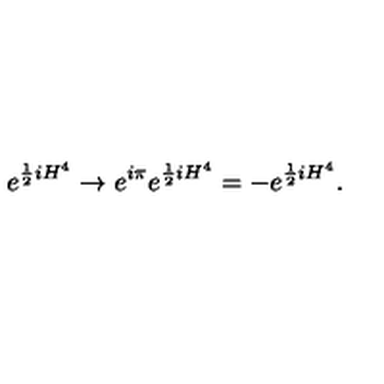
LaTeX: e ^ { \frac { 1 } { 2 } i H ^ { 4 } } \rightarrow e ^ { i \pi } e ^ { \frac { 1 } { 2 } i H ^ { 4 } } = - e ^ { \frac { 1 } { 2 } i H ^ { 4 } } .